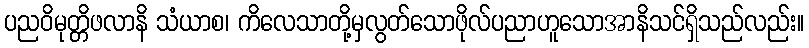
ပညဝိမုတ္တိဖလာနိ သံယာစ၊ ကိလေသာတို့မှလွတ်သောဖိုလ်ပညာဟူသောအာနိသင်ရှိသည်လည်း။